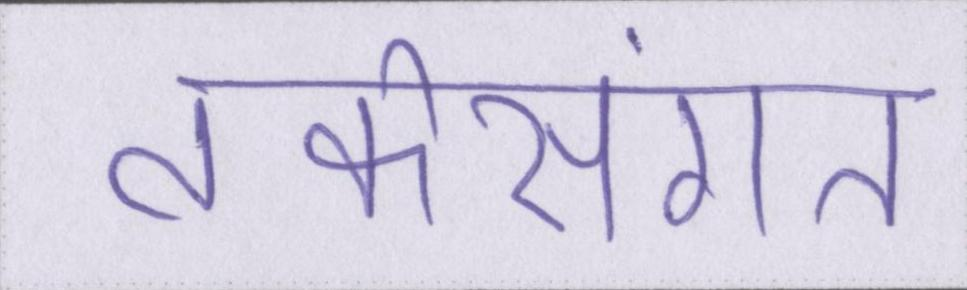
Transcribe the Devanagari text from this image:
तर्कसंगत